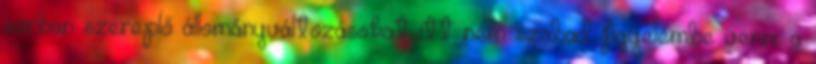
sorban szereplő állományváltozásokat itt nem szabad figyelembe venni. a